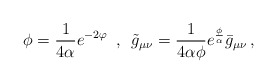
\begin{align*}\phi = \frac{1}{4\alpha}e^{-2\varphi} \,\,\, , \,\,\,\tilde g_{\mu \nu} = \frac{1}{4\alpha \phi} e^{\frac {\phi}{\alpha} }\bar g_{\mu \nu}\, ,\end{align*}